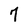
Character: 7